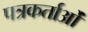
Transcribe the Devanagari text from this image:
पत्रकर्ताओं